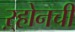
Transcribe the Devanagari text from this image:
ऱ्होनची